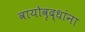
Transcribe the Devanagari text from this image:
वायोवृद्धांना